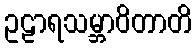
ဥဠာရသမ္ဘာဝိတာတိ